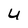
Character: u